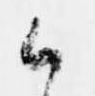
候